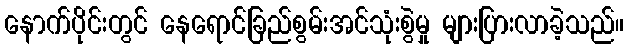
နောက်ပိုင်းတွင် နေရောင်ခြည်စွမ်းအင်သုံးစွဲမှု များပြားလာခဲ့သည်။